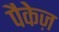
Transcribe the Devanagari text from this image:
पैकेज़